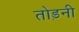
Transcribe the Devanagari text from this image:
तोड़नी